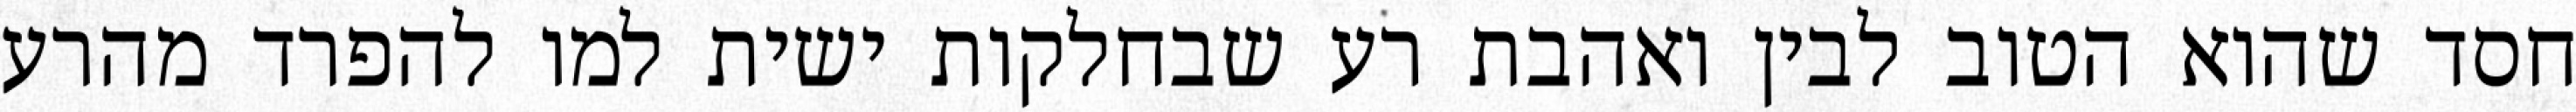
חסד שהוא הטוב לבין ואהבת רע שבחלקות ישית למו להפרד מהרע